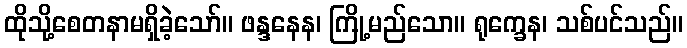
ထိုသို့စေတနာမရှိခဲ့သော်။ ဖန္ဒနေန၊ ကြို့မည်သော။ ရုက္ခေန၊ သစ်ပင်သည်။